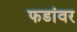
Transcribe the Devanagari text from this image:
फडांवर